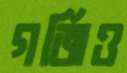
গর্জিও